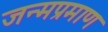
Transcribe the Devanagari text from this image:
जन्मप्रमाण